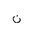
Letter: _non